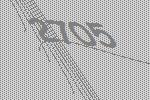
2705